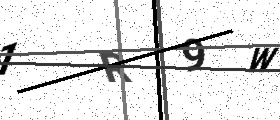
Text: 1R9W